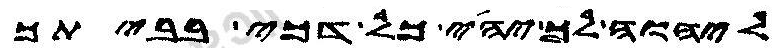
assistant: ליהוה לך יהי כל דכי בביתך